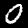
Digit: 0